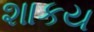
શાકય